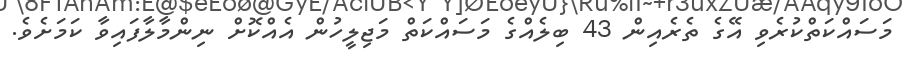
މަސައްކަތްކުރެވި އޭގެ ތެރެއިން 43 ބިލެއްގެ މަސައްކަތް މަޖިލީހުން އެއްކޮށް ނިންމާލާފައިވާ ކަމަށެވެ.